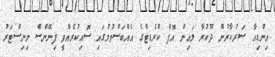
އިންޑިއާ ސަރުކާރުން ދޫކުރާ ލައިން އޮފް ކްރެޑިޓްގެ އެއްބަސްވުމުގައި ސޮއިކުރެއްވީ ފިނޭންސް މިނިސްޓަރު